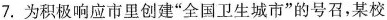
7. 为积极响应市里创建”全国卫生城市”的号召，某校